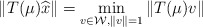
\begin{align*}\| T(\mu)\widehat{x}\|=\min_{v\in \mathcal{W},\| v\|=1}\| T(\mu)v\|\end{align*}